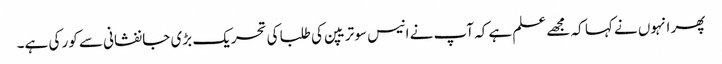
پھر انہوں نے کہا کہ مجھے علم ہے کہ آپ نے انیس سو تریپن کی طلبا کی تحریک بڑی جانفشانی سے کور کی ہے۔